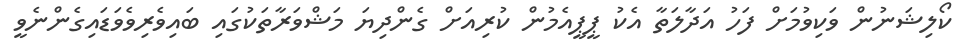
ކޯލިޝަނުން ވަކިވުމަށް ފަހު އަދާލަތާ އެކު ޕީޕީއެމުން ކުރިއަށް ގެންދިޔަ މަޝްވަރާތަކުގައި ބައިވެރިވެވަޑައިގެންނެވީ